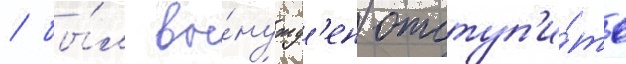
/ бы́л вы́нужд'ен отступ'и́ть